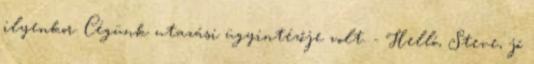
ilyenkor. Cégünk utazási ügyintézője volt. - Helló, Steve, jó